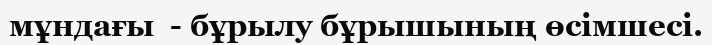
мұндағы  - бұрылу бұрышының өсімшесі.